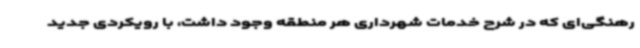
رهنگی‌ای که در شرح خدمات شهرداری هر منطقه وجود داشت، با رویکردی جدید